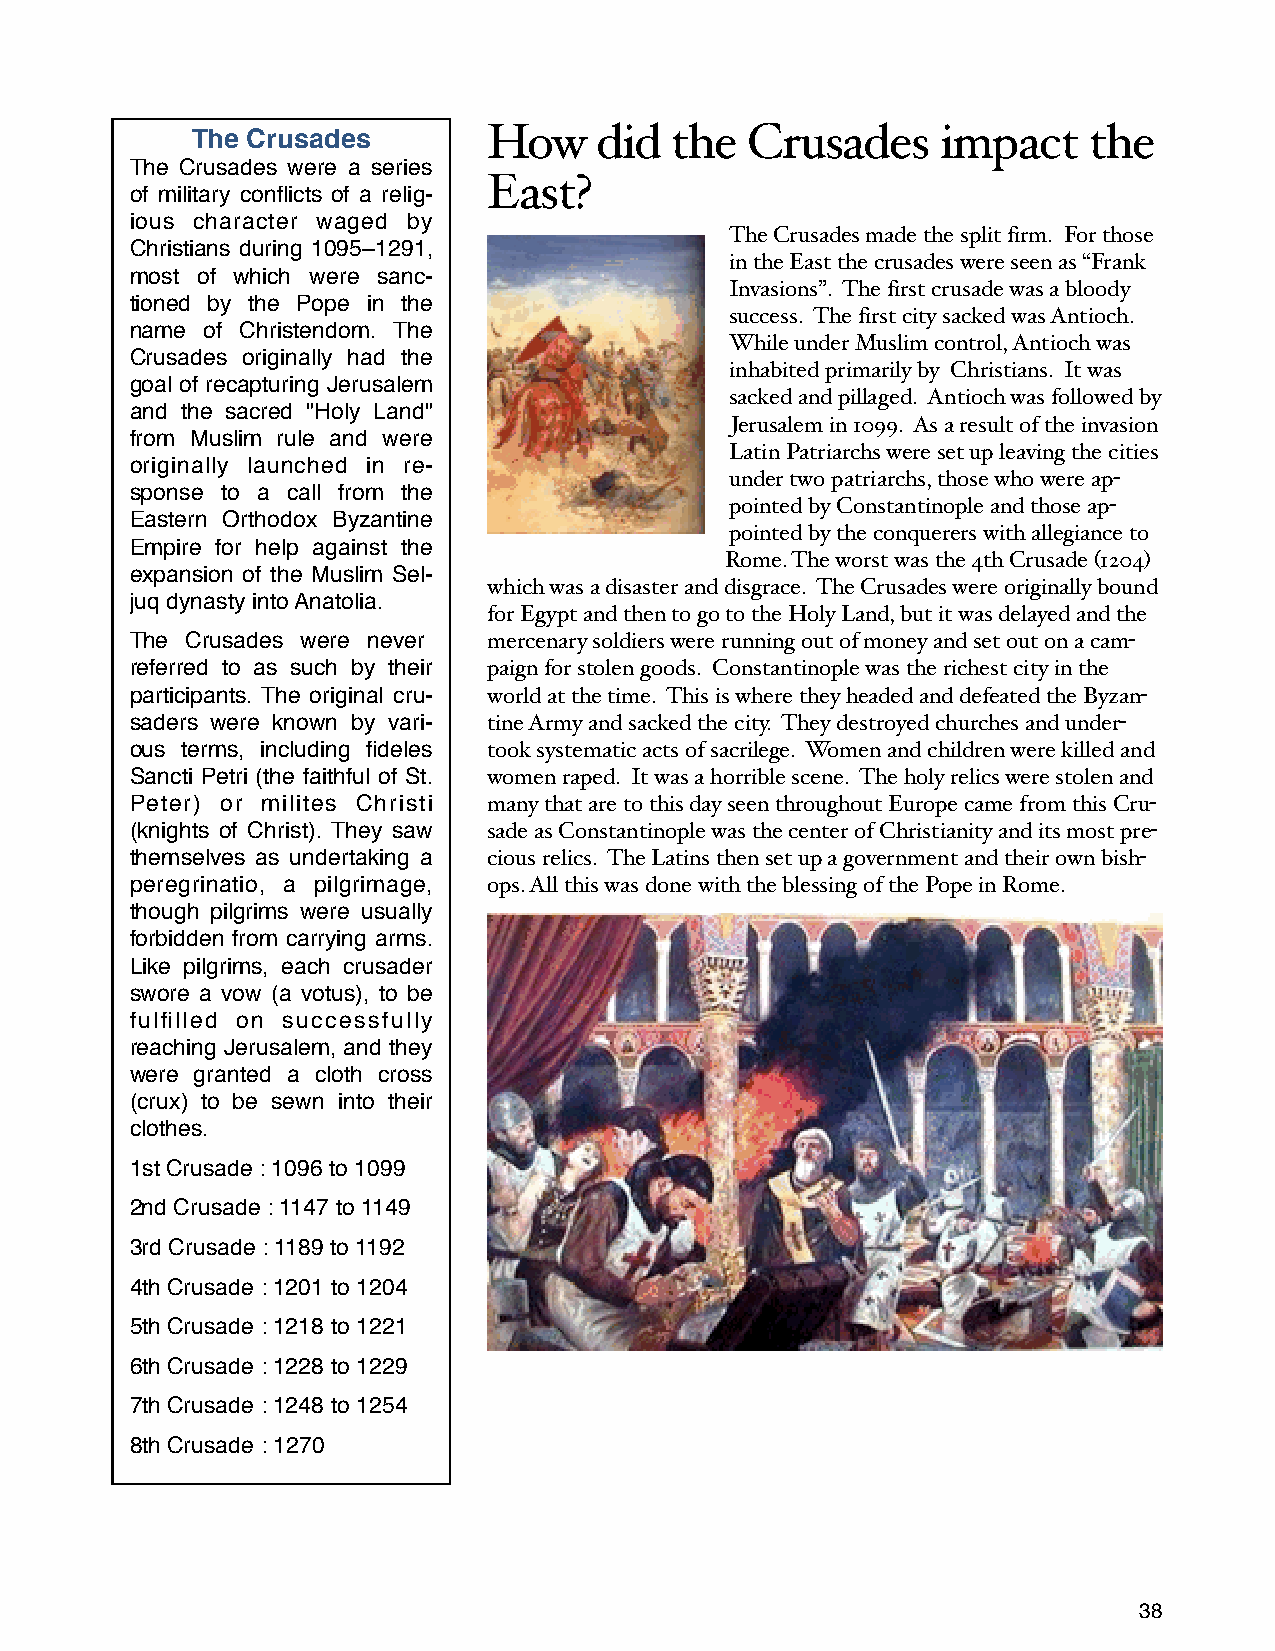
The Crusades       How     did the   Crusades    impact    the
 The Crusades were a series
 East?
 of military conflicts of a relig-
 ious character waged by
 The Crusades made the split firm. For those
 Christians during 1095–1291,
 in the East the crusades were seen as “Frank
 most of which were sanc-
 Invasions”. The first crusade was a bloody
 tioned by the Pope in the
 success. The first city sacked was Antioch.
 name of Christendom. The
 While under Muslim control, Antioch was
 Crusades originally had the
 inhabited primarily by Christians. It was
 goal of recapturing Jerusalem
 sacked and pillaged. Antioch was followed by
 and the sacred "Holy Land"
 Jerusalem in 1099. As a result of the invasion
 from Muslim rule and were
 Latin Patriarchs were set up leaving the cities
 originally launched in re-
 under two patriarchs, those who were ap-
 sponse to a call from the
 pointed by Constantinople and those ap-
 Eastern Orthodox Byzantine
 pointed by the conquerers with allegiance to
 Empire for help against the
 Rome. The worst was the 4th Crusade (1204)
 expansion of the Muslim Sel-
 which was a disaster and disgrace. The Crusades were originally bound
 juq dynasty into Anatolia.
 for Egypt and then to go to the Holy Land, but it was delayed and the
 The Crusades were never mercenary soldiers were running out of money and set out on a cam-
 referred to as such by their paign for stolen goods. Constantinople was the richest city in the
 participants. The original cru- world at the time. This is where they headed and defeated the Byzan-
 saders were known by vari- tine Army and sacked the city. They destroyed churches and under-
 ous terms, including fideles took systematic acts of sacrilege. Women and children were killed and
 Sancti Petri (the faithful of St. women raped. It was a horrible scene. The holy relics were stolen and
 Peter) or milites Christi many that are to this day seen throughout Europe came from this Cru-
 (knights of Christ). They saw sade as Constantinople was the center of Christianity and its most pre-
 themselves as undertaking a cious relics. The Latins then set up a government and their own bish-
 peregrinatio, a pilgrimage, ops. All this was done with the blessing of the Pope in Rome.
 though pilgrims were usually
 forbidden from carrying arms.
 Like pilgrims, each crusader
 swore a vow (a votus), to be
 fulfilled on successfully
 reaching Jerusalem, and they
 were granted a cloth cross
 (crux) to be sewn into their
 clothes.
 1st Crusade : 1096 to 1099
 2nd Crusade : 1147 to 1149
 3rd Crusade : 1189 to 1192
 4th Crusade : 1201 to 1204
 5th Crusade : 1218 to 1221
 6th Crusade : 1228 to 1229
 7th Crusade : 1248 to 1254
 8th Crusade : 1270
 38